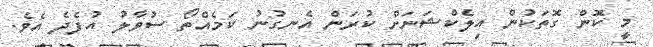
މީ ކޮން ގޮތަކުން އިލެކްޝަނަށް ކުރަން އެނގުނު ކަމެއްތޯ ސުވާލު އުފެދެ އެވެ.